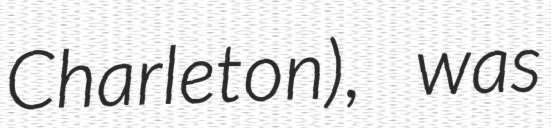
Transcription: Charleton), was